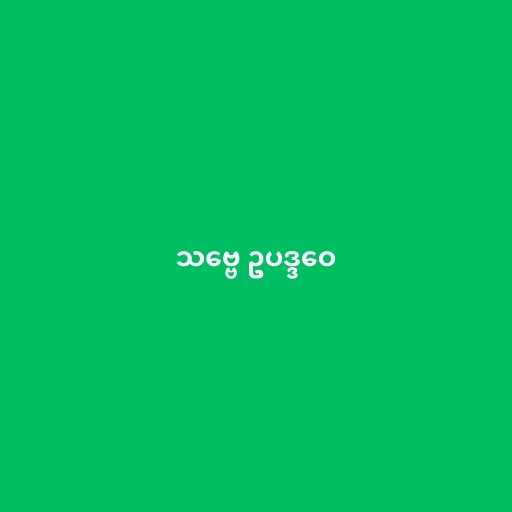
သဗ္ဗေ ဥပဒ္ဒဝေ